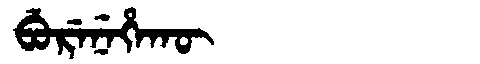
Manchu: ᠪᡠᡵᡝᠨᡝᡥᠠᡴᡡ
Romanization: BURENEHAKŪ